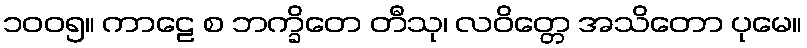
၁၀၀၅။ ကာဠေ စ ဘက္ခိတေ တီသု၊ လဝိတ္တေ အသိတော ပုမေ။